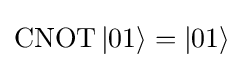
{\textstyle \operatorname {CNOT} |01\rangle =|01\rangle }